Epidemic dropsy in Calcutta - Number 49
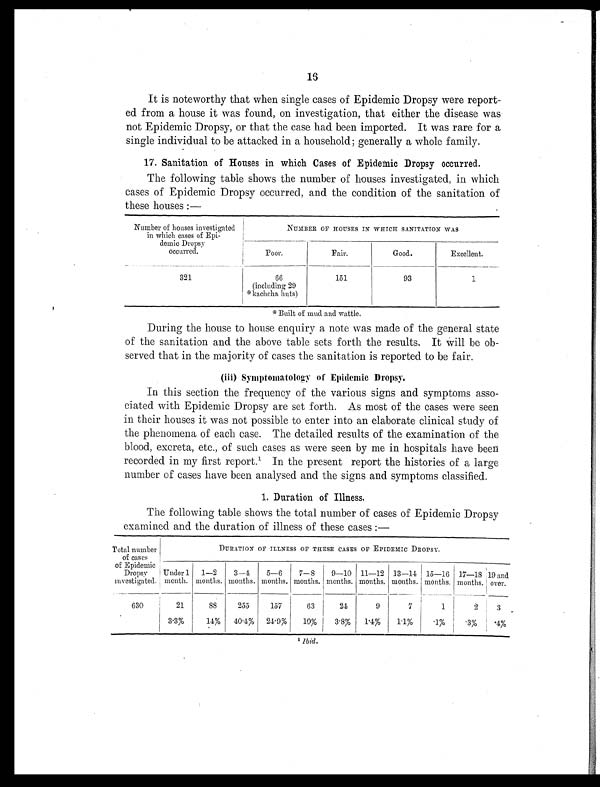
16
It is noteworthy that when single cases of Epidemic Dropsy were report-
ed from a house it was found, on investigation, that either the disease was
not Epidemic Dropsy, or that the case had been imported. It was rare for a
single individual to be attacked in a household; generally a whole family.
17. Sanitation of Houses in which Cases of Epidemic Dropsy occurred.
The following table shows the number of houses investigated, in which
cases of Epidemic Dropsy occurred, and the condition of the sanitation of
these houses :—
Number of houses investigated
in which cases of Epi-
demic Dropsy
occurred.
NUMBER OF HOUSES IN WHICH SANITATION WAS
Poor.
Fair.
Good.
Excellent.
321
66
(including 29
* k a c h c h a h u t s )
151
93
1
During the house to house enquiry a note was made of the general state
of the sanitation and the above table sets forth the results. It Will be ob-
served that in the majority of cases the sanitation is reported to be fair.
( i i i ) S y m p t o m a t o l o g y o f E p i d e m i c D r o p s y .
In this section the frequency of the various signs and symptoms asso-
ciated with Epidemic Dropsy are set forth. As most of the cases were seen
in their houses it was not possible to enter into an elaborate clinical study of
the phenomena of each case. The detailed results of the examination of the
blood, excreta, etc., of such cases as were seen by me in hospitals have been
recorded in my first report.¹ In the present report the histories of a large
number of cases have been analysed and the signs and symptoms classified.
1. Duration of Illness.
The following table shows the total number of cases of Epidemic Dropsy
examined and the duration of illness of these cases :—
Total number
of cases
of Epidemic
Dropsy
investigated.
DURATION OF ILLNESS OF THESE CASES OF EPIDEMIC DROPSY.
Under 1
month.
1—2
months.
3—4
months.
5—6
months.
7—8
months.
9—10
months.
11—12
months.
13—14
months.
15—16
months.
17—18
months.
19 and
over.
630
21
88
2 5 5
157
63
24
9
7
1
2
3
3 . 3%
14%
40 .4%
24. 9%
10%
3.8 %
1.4%
1.1%
.1%
.3%
.4%
1 Ibid.